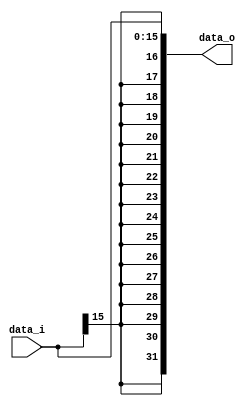
module Sign_Extend (
    data_i,
    data_o
);

  //I/O ports
  input [16-1:0] data_i;

  output [32-1:0] data_o;

  //Internal Signals
  reg [32-1:0] data_o;

  //Sign extended
  /*your code here*/

	//genvar i;
	//generate 
	//	for (i = 0; i < 32; i = i + 1) begin : gen_sign
	//		if (i < 16)
	//			assign data_o[i] = data_i[i];
	//		else
	//			assign data_o[i] = data_i[15];
	
	//		end
	//endgenerate
	
	always @(*) begin
		data_o[15:0] <= data_i[15:0];
		data_o[16] <= data_i[15];
		data_o[17] <= data_i[15];
		data_o[18] <= data_i[15];
		data_o[19] <= data_i[15];
		data_o[20] <= data_i[15];
		data_o[21] <= data_i[15];
		data_o[22] <= data_i[15];
		data_o[23] <= data_i[15];
		data_o[24] <= data_i[15];
		data_o[25] <= data_i[15];
		data_o[26] <= data_i[15];
		data_o[27] <= data_i[15];
		data_o[28] <= data_i[15];
		data_o[29] <= data_i[15];
		data_o[30] <= data_i[15];
		data_o[31] <= data_i[15];
	end

endmodule